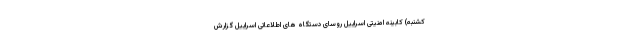
کشنبه) کابینه امنیتی اسراییل روسای دستگاه های اطلاعاتی اسراییل گزارش